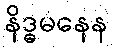
နိဒ္ဓမနေန